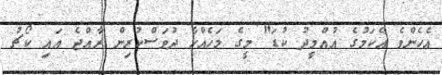
އެހެންވެ އެކަމުގެ އުއްމީދު ކުޑަ" މީގެ މަހެއްހާ ދުވަސްކުރިން ރާއްޖެ އައި ކޯޗު